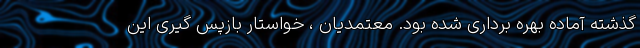
گذشته آماده بهره برداری شده بود. معتمدیان ، خواستار بازپس گیری این